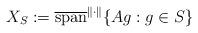
LaTeX: \begin{align*}X_S:=\overline{{\mathrm{span}}}^{\|\cdot\|}\{Ag:g\in S\}\end{align*}